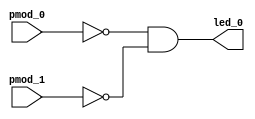
// When button 0 and 1 are pressed, turn on LED

module and_gate (input pmod_0, input pmod_1, output led_0);
    // Assign inverted AND of pmod_0 and pmod_1 to led_0
    assign led_0 = ~pmod_0 & ~pmod_1;
endmodule